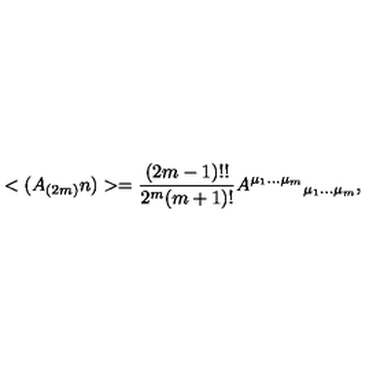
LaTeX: < ( A _ { ( 2 m ) } n ) > = \frac { ( 2 m - 1 ) ! ! } { 2 ^ { m } ( m + 1 ) ! } A ^ { \mu _ { 1 } \ldots \mu _ { m } } { } _ { \mu _ { 1 } \ldots \mu _ { m } } ,